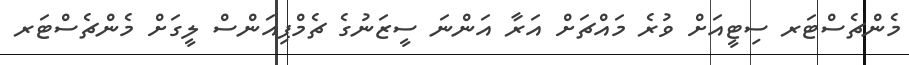
މެންޗެސްޓަރ ސިޓީއަށް ވުރެ މައްޗަށް އަރާ އަންނަ ސީޒަނުގެ ޗެމްޕިއަންސް ލީގަށް މެންޗެސްޓަރ